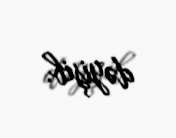
dəyişib.